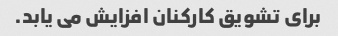
برای تشویق کارکنان افزایش می یابد.